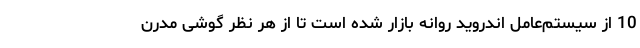
10 از سیستم‌عامل اندروید روانه بازار شده است تا از هر نظر گوشی مدرن